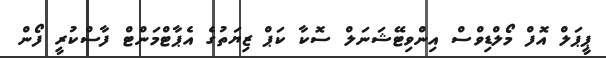
ޕީޕަލް އޮފް މޯލްޑިވްސް އިންވިޓޭޝަނަލް ސޮކާ ކަޕް ޒިޔަތުގެ އެޕާޓްމަންޓް ފާސްކުރީ ފޯން